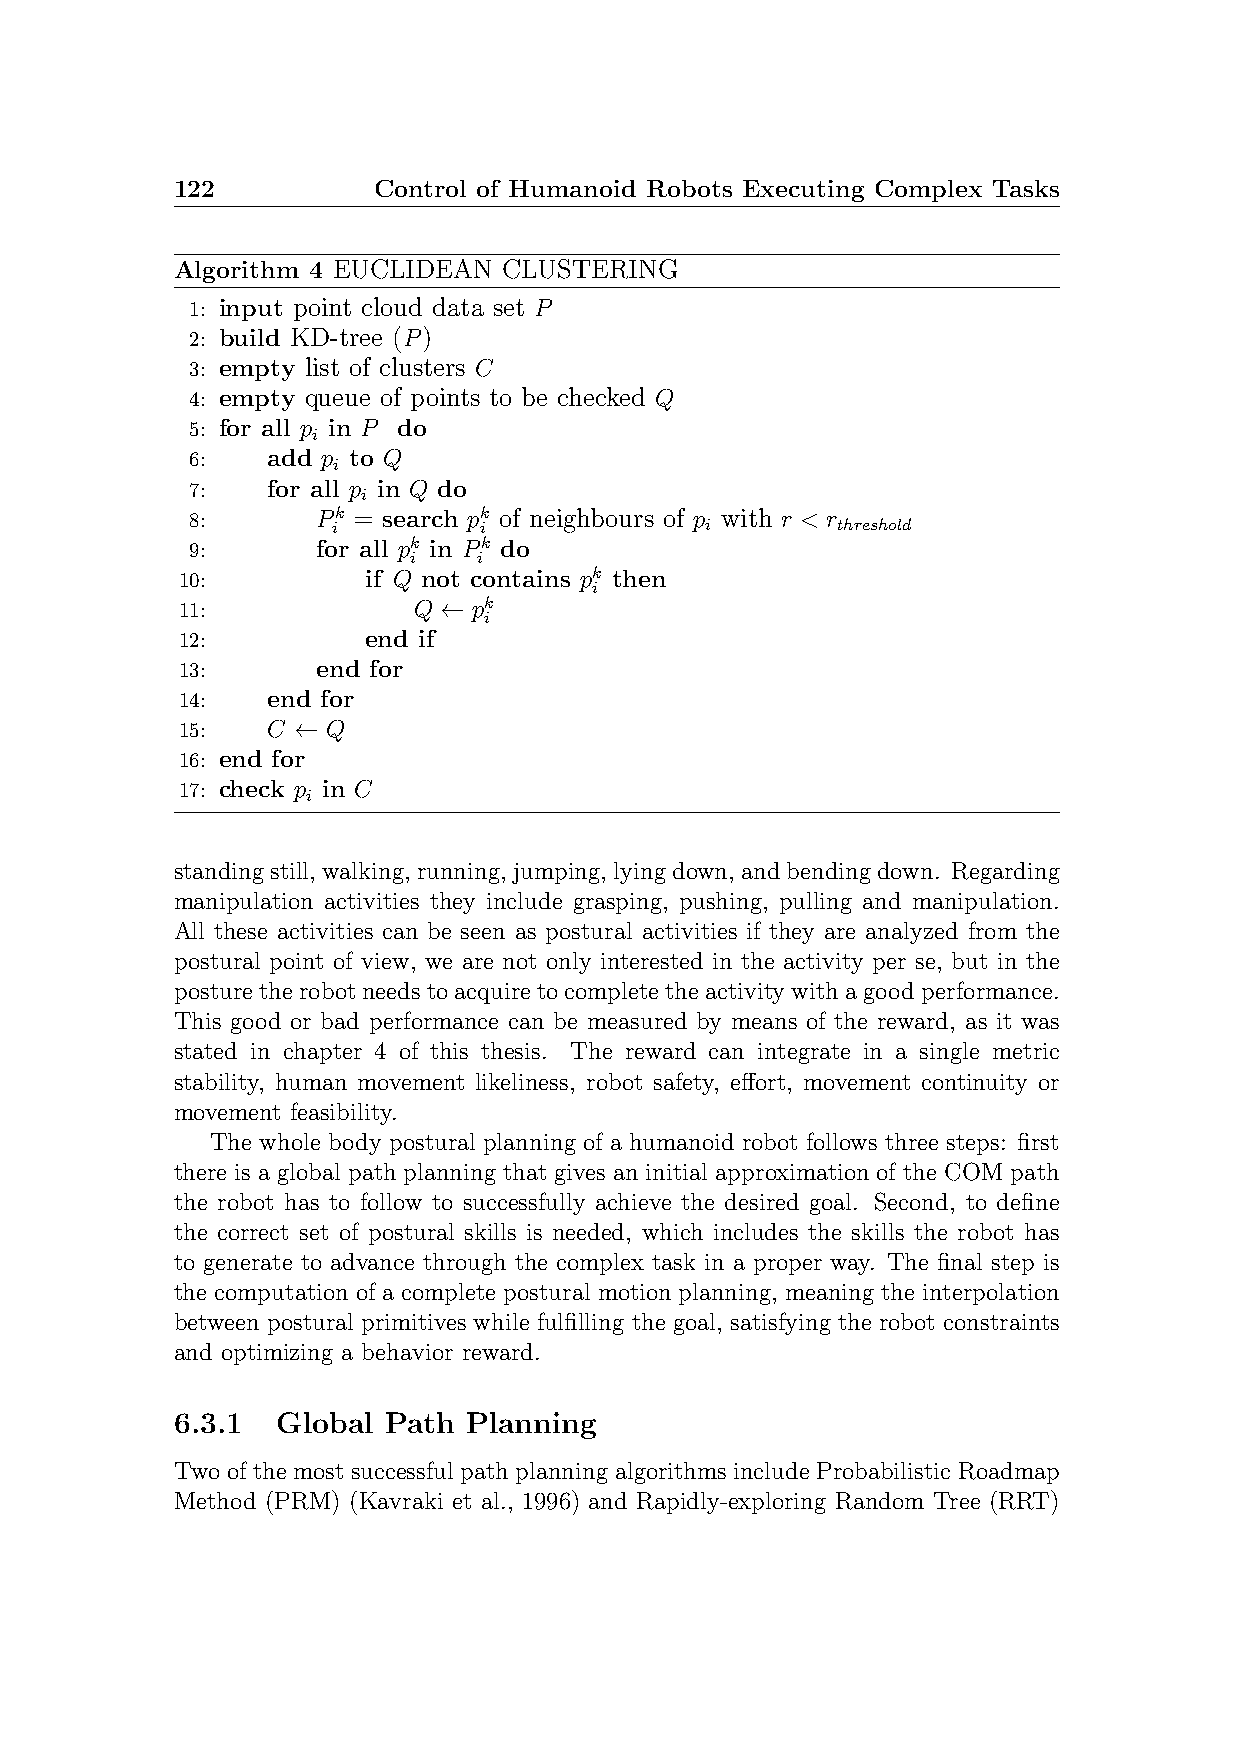
122           Control of Humanoid Robots Executing Complex Tasks
 Algorithm 4 EUCLIDEAN CLUSTERING
 1: input point cloud data set P
 2: build KD-tree (P)
 3: empty list of clusters C
 4: empty queue of points to be checked Q
 5: for all p i in P do
 6:   add p i to Q
 7:   for all p i in Q do
 8:      P ik = search pk i of neighbours of p i with r < r threshold
 9:      for all pk in Pk do
 i    i
 10:         if Q not contains pk then
 i
 11:            Q ← pk
 i
 12:         end if
 13:      end for
 14:   end for
 15:   C ← Q
 16: end for
 17: check p i in C
 standingstill, walking, running, jumping, lyingdown, andbendingdown. Regarding
 manipulation activities they include grasping, pushing, pulling and manipulation.
 All these activities can be seen as postural activities if they are analyzed from the
 postural point of view, we are not only interested in the activity per se, but in the
 posturetherobotneedstoacquiretocompletetheactivitywithagoodperformance.
 This good or bad performance can be measured by means of the reward, as it was
 stated in chapter 4 of this thesis. The reward can integrate in a single metric
 stability, human movement likeliness, robot safety, effort, movement continuity or
 movement feasibility.
 The whole body postural planning of a humanoid robot follows three steps: first
 there is a global path planning that gives an initial approximation of the COM path
 the robot has to follow to successfully achieve the desired goal. Second, to define
 the correct set of postural skills is needed, which includes the skills the robot has
 to generate to advance through the complex task in a proper way. The final step is
 the computation of a complete postural motion planning, meaning the interpolation
 between postural primitives while fulfilling the goal, satisfying the robot constraints
 and optimizing a behavior reward.
 6.3.1  Global Path  Planning
 Two of the most successful path planning algorithms include Probabilistic Roadmap
 Method (PRM) (Kavraki et al., 1996) and Rapidly-exploring Random Tree (RRT)